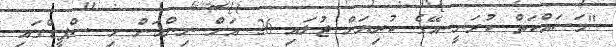
"މަސައްކަތް ކުރަނީ އޭގެ ކުުރިޔަށް ޖުލައި 26 އަށް ނިންމަން މި ސްޕީޑްގައި